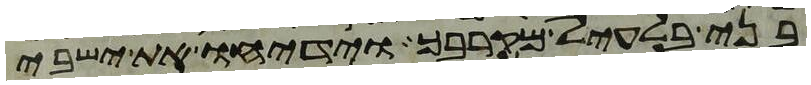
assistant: בני בלעיל מקרבך וידיחו את ישבי